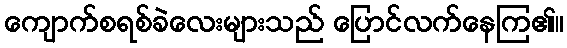
ကျောက်စရစ်ခဲလေးများသည် ပြောင်လက်နေကြ၏။